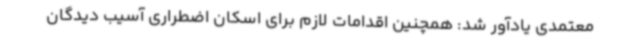
معتمدی یادآور شد: همچنین اقدامات لازم برای اسکان اضطراری آسیب دیدگان